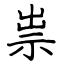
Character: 祟